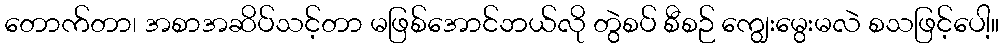
တောက်တာ၊ အစာအဆိပ်သင့်တာ မဖြစ်အောင်ဘယ်လို တွဲစပ် စီစဉ် ကျွေးမွေးမလဲ စသဖြင့်ပေါ့။